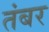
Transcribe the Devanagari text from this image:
तंबर